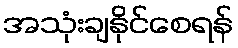
အသုံးချနိုင်စေရန်